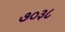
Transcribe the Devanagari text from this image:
७०३८